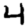
Digit: 4